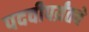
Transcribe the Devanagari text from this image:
पदवीपर्य़ंतचे